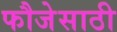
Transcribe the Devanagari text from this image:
फौजेसाठी